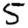
Digit: 5